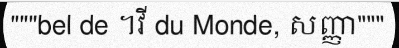
"""bel de ។វី du Monde, សញ្ញា"""